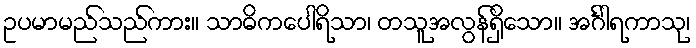
ဥပမာမည်သည်ကား။ သာဓိကပေါရိသာ၊ တသူအလွန်ရှိသော။ အင်္ဂါရကာသု၊